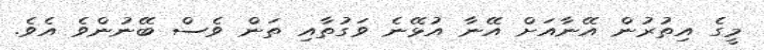
މީގެ އިތުރުން އޭނާއަށް އޭނާ އުޅޭނެ ވަގުތާއި ތަން ވެސް ބޭނުންވެ އެވެ.